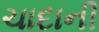
ચાદાની